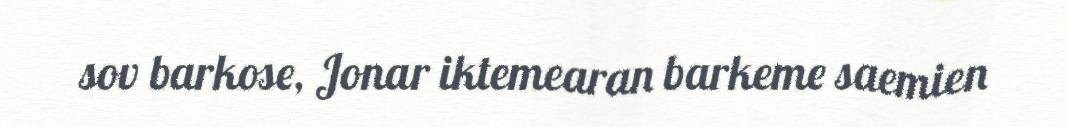
sov barkose, Jonar iktemearan barkeme saemien